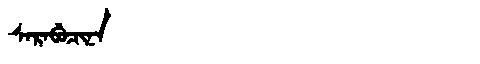
Manchu: ᠰᠠᡵᠠᠪᡠᠴᡳᠨᠠ
Romanization: SARABUCINA